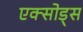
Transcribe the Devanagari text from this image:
एक्सोड्स